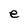
Character: e